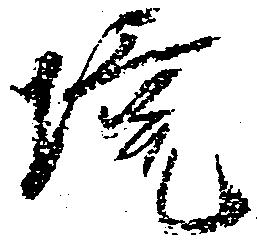
境